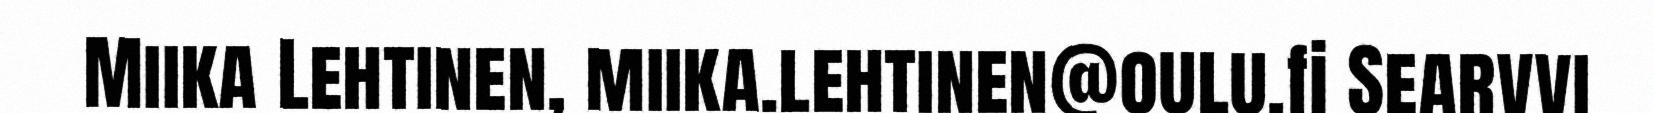
Miika Lehtinen, miika.lehtinen@oulu.fi Searvvi